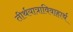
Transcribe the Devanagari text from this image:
तीर्थयात्राविवाहार्थ